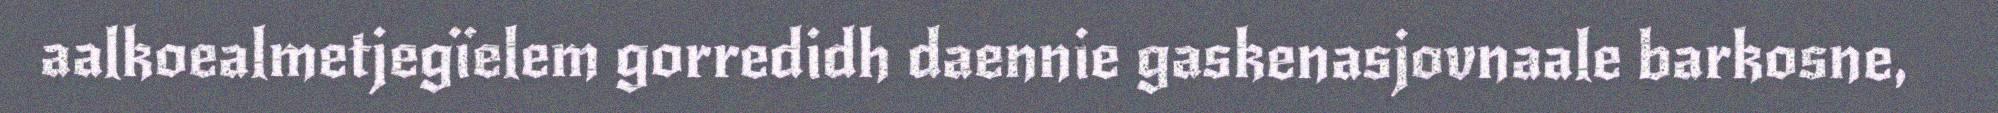
aalkoealmetjegïelem gorredidh daennie gaskenasjovnaale barkosne,